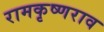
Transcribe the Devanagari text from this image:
रामकृष्णराव